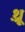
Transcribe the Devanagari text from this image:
थ़्रू